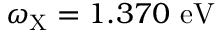
\omega _ { \mathrm { { X } } } = 1 . 3 7 0 ~ \mathrm { { e V } }